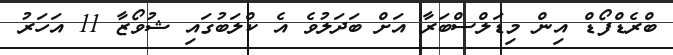
ބްރެޑްފޯޑް އިން މިޑަލްސްބަރާ އަށް ބަދަލުވެ އެ ކްލަބުގައި ޝުވޯޒާ 11 އަހަރު